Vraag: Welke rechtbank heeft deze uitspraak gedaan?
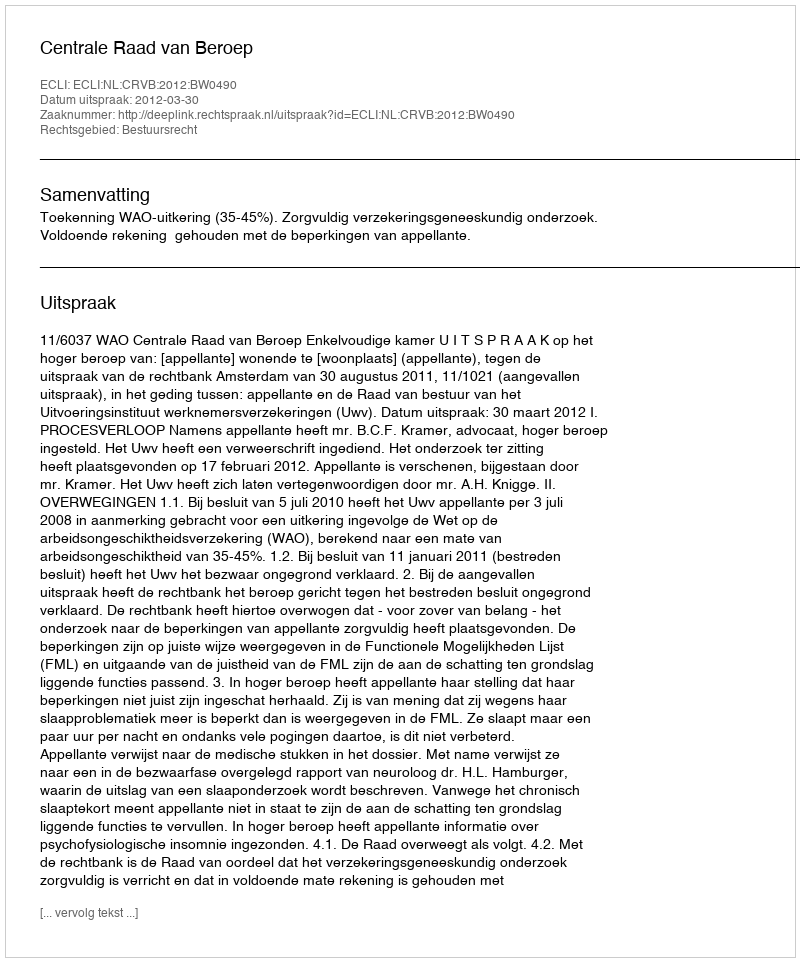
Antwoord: Centrale Raad van Beroep